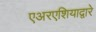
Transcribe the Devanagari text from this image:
एअरएशियाद्वारे